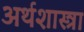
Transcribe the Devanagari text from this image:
अर्थशास्त्रा